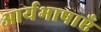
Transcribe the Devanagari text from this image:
आर्यभाषाएँ